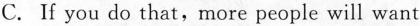
C. f you do that,more people will want